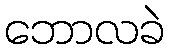
ဘောလခဲ